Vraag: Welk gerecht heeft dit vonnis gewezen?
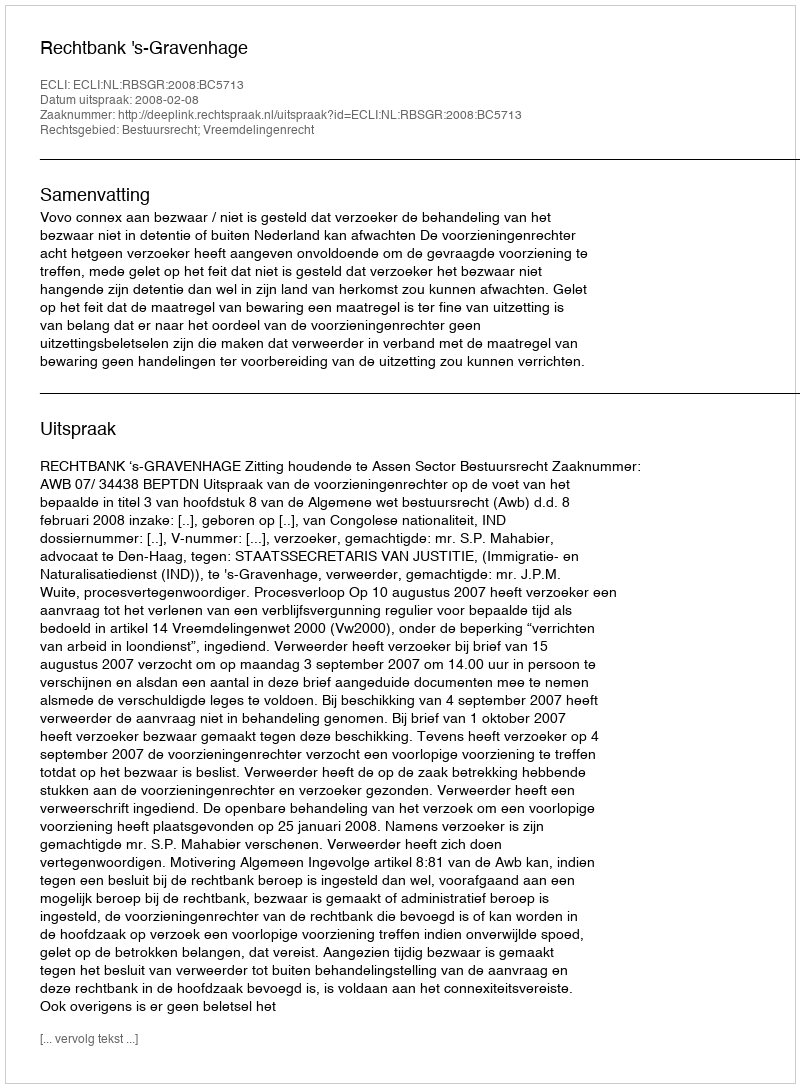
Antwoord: Rechtbank 's-Gravenhage